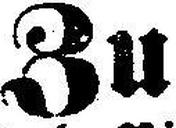
Zu